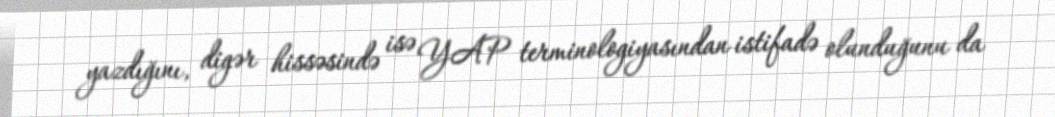
yazdığını, digər hissəsində isə YAP terminologiyasından istifadə olunduğunu da